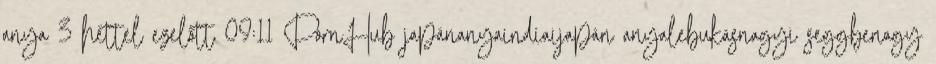
anya 3 héttel ezelőtt 09:11 PornHub japánanyaindiaijapán anyalebukásnagyi seggbenagy